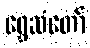
ရွှေဆံတော်